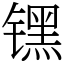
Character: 𬭶